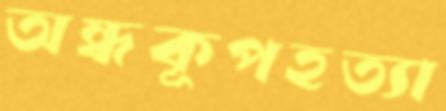
অন্ধকূপহত্যা